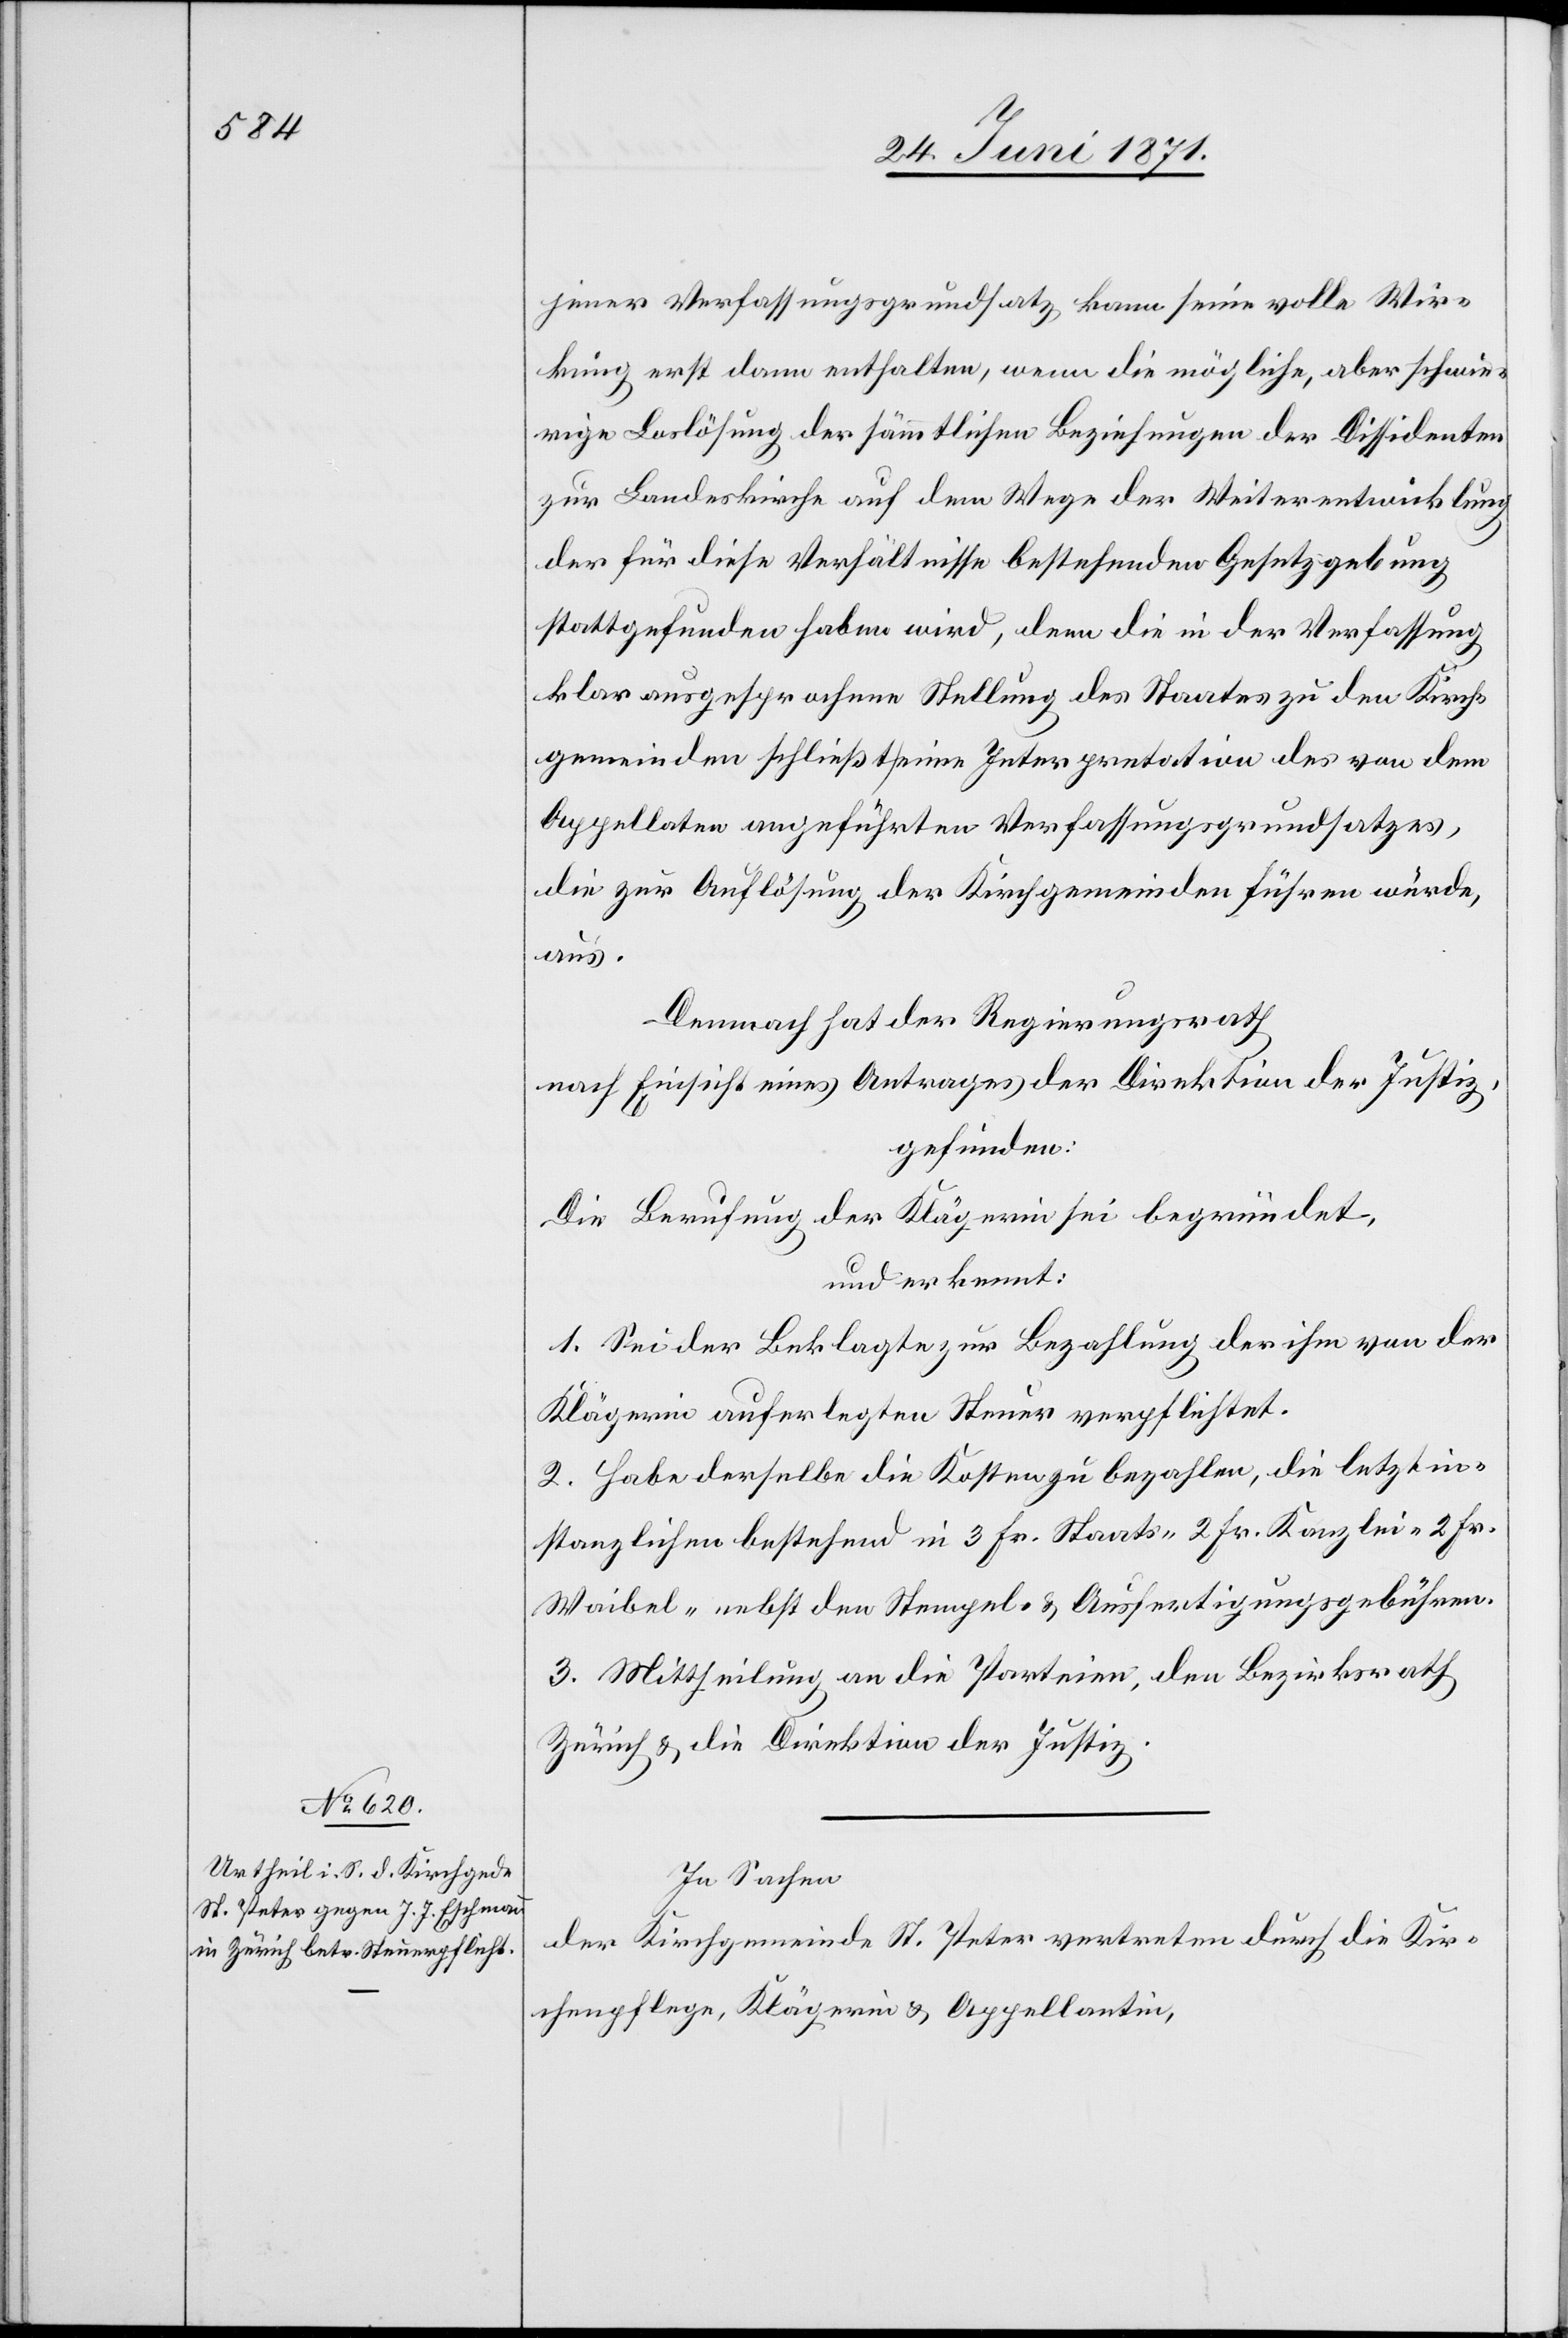
jener Verfassungsgrundsatz kann seine volle Wir¬
kung erst dann enthalten, wenn die mögliche, aber schwie¬
rige Loslösung der sämmtlichen Beziehungen der Dissidenten
zur Landeskirche auf dem Wege der Weiterentwicklung
der für diese Verhältnisse bestehenden Gesetzgebung
stattgefunden haben wird, denn die in der Verfassung
klar ausgesprochene Stellung des Staates zu den Kirch¬
gemeinden schließt seine Interpretation des von dem
Appellaten angeführten Verfassungsgrundsatzes,
die zur Auflösung der Kirchgemeinden führen würde,
aus.
Demnach hat der Regierungsrath
nach Einsicht eines Antrages der Direktion der Justiz,
gefunden:
Die Berufung der Klägerin sei begründet,
und erkennt:
1. Sei der Beklagte zur Bezahlung der ihm von der
Klägerin auferlegten Steuer verpflichtet.
2. Habe derselbe die Kosten zu bezahlen, die letztin¬
stanzlichen bestehende in 3 Fr. Staats [,] 2 Fr. Kanzlei-[,] 2 Fr.
Waibel- nebst den Stempel- u. Ausfertigungsgebühren.
3. Mittheilung an die Parteien, den Bezirksrath
Zürich u. die Direktion der Justiz.
In Sachen
der Kirchgemeinde St. Peter vertreten durch die Kir¬
chenpflege, Klägerin u. Appellatin,